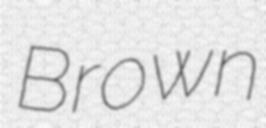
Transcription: Brown